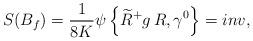
LaTeX: \begin{align*}S(B_{f})=\frac{1}{8K}\psi\left\{\widetilde{R}^{+}g\,R,\gamma^{0}\right\}=inv,\end{align*}